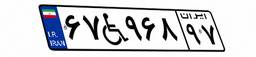
۶۷W۹۶۸۹۷